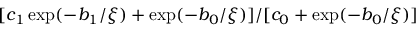
[ c _ { 1 } \exp ( - b _ { 1 } / \xi ) + \exp ( - b _ { 0 } / \xi ) ] / [ c _ { 0 } + \exp ( - b _ { 0 } / \xi ) ]